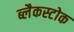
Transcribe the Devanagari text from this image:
ब्लैकस्टोक